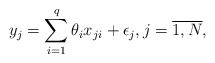
\begin{align*} y_j = \sum_{i=1}^q\theta_i x_{ji} + \epsilon_j, j =\overline{1,N},\end{align*}